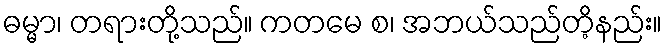
ဓမ္မာ၊ တရားတို့သည်။ ကတမေ စ၊ အဘယ်သည်တိ့နည်း။